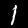
Label: 1